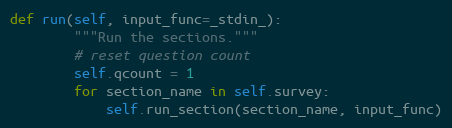
Language: Python
def run(self, input_func=_stdin_):
        """Run the sections."""
        # reset question count
        self.qcount = 1
        for section_name in self.survey:
            self.run_section(section_name, input_func)